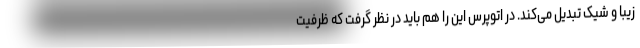
زیبا و شیک تبدیل می‌کند. در اتوپرس این را هم باید در نظر گرفت که ظرفیت